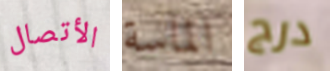
الأتصال الماسة درج